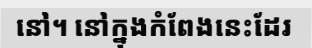
នៅ។ នៅក្នុងកំពែងនេះដែរ